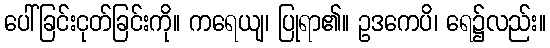
ပေါ်ခြင်းငုတ်ခြင်းကို။ ကရေယျ၊ ပြုရာ၏။ ဥဒကေပိ၊ ရေ၌လည်း။